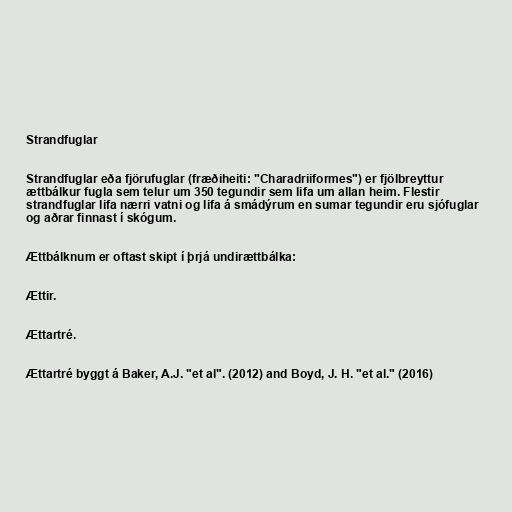
Strandfuglar

Strandfuglar eða fjörufuglar (fræðiheiti: "Charadriiformes") er fjölbreyttur
ættbálkur fugla sem telur um 350 tegundir sem lifa um allan heim. Flestir
strandfuglar lifa nærri vatni og lifa á smádýrum en sumar tegundir eru sjófuglar
og aðrar finnast í skógum.

Ættbálknum er oftast skipt í þrjá undirættbálka:

Ættir.

Ættartré.

Ættartré byggt á Baker, A.J. "et al". (2012) and Boyd, J. H. "et al." (2016)